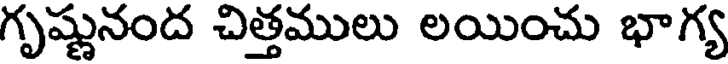
గృష్ణునంద చిత్తములు లయించు భాగ్య